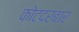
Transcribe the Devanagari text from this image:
कोटदरबार